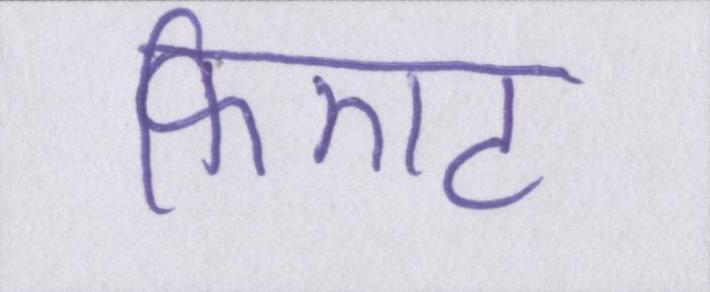
फिएट